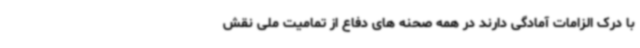
با درک الزامات آمادگی دارند در همه صحنه های دفاع از تمامیت ملی نقش